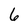
Character: 6